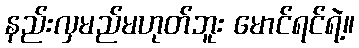
နည်းလှမည်မဟုတ်ဘူး မောင်ရင်ရဲ့။